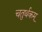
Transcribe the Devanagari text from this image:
चतुर्थकम्